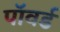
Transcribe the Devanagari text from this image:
पॉवर्ड